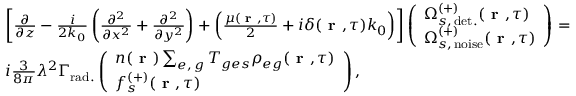
\begin{array} { r l } & { \left[ \frac { \partial } { \partial z } - \frac { i } { 2 k _ { 0 } } \left( \frac { \partial ^ { 2 } } { \partial x ^ { 2 } } + \frac { \partial ^ { 2 } } { \partial y ^ { 2 } } \right) + \left( \frac { \mu ( \textbf { r } , \tau ) } { 2 } + i \delta ( \textbf { r } , \tau ) k _ { 0 } \right) \right] \left( \begin{array} { l } { \Omega _ { s , \, \mathrm { d e t . } } ^ { ( + ) } ( \textbf { r } , \tau ) } \\ { \Omega _ { s , \, \mathrm { n o i s e } } ^ { ( + ) } ( \textbf { r } , \tau ) } \end{array} \right) = } \\ & { i \frac { 3 } { 8 \pi } \lambda ^ { 2 } \Gamma _ { \mathrm { r a d . } } \left( \begin{array} { l } { n ( \textbf { r } ) \sum _ { e , \, g } T _ { g e s } \rho _ { e g } ( \textbf { r } , \tau ) } \\ { f _ { s } ^ { ( + ) } ( \textbf { r } , \tau ) } \end{array} \right) , } \end{array}